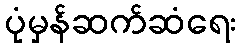
ပုံမှန်ဆက်ဆံရေး